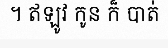
។ ឥឡូវ កូន ក៏ បាត់